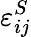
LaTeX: \varepsilon_{ij}^{S}